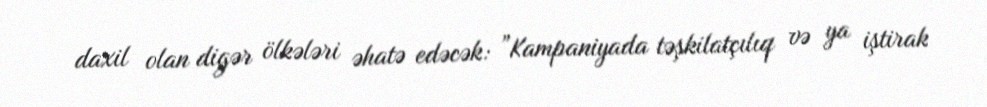
daxil olan digər ölkələri əhatə edəcək: ”Kampaniyada təşkilatçılıq və ya iştirak